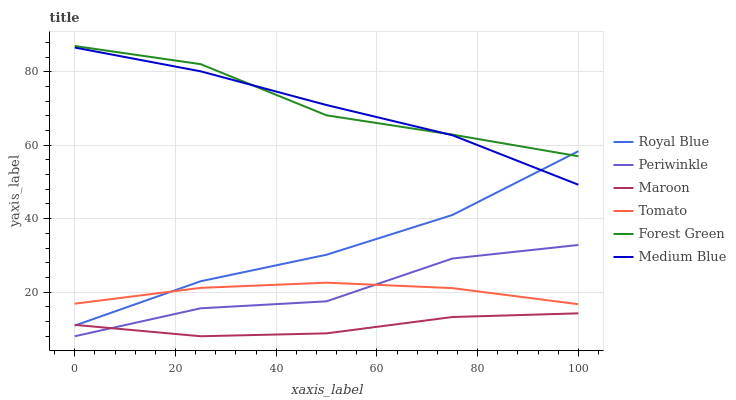
| xaxis_label | Royal Blue | Periwinkle | Maroon | Tomato | Forest Green | Medium Blue |
 | --- | --- | --- | --- | --- | --- | --- |
 | 0 | 10.9 | 8 | 11.1 | 16.9 | 87 | 86.6 |
 | 25 | 23 | 15.6 | 8 | 21.2 | 82.1 | 80.1 |
 | 50 | 30.2 | 17.5 | 8.78 | 22.6 | 68.1 | 70.9 |
 | 75 | 41 | 29.2 | 13.2 | 21.1 | 62.9 | 62.7 |
 | 100 | 58.4 | 32.8 | 14.2 | 16.7 | 57 | 49.2 |